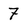
Character: 7